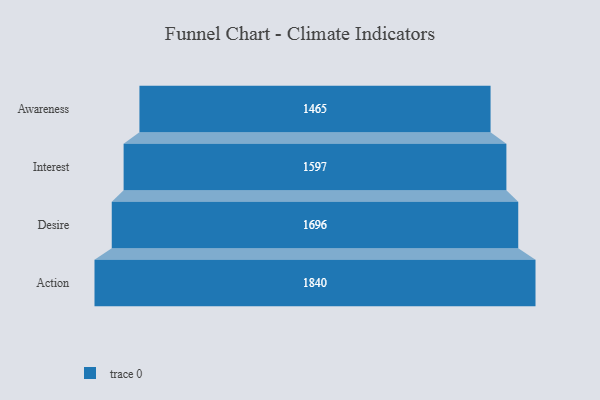
{"axis": {"x": "Stage", "y": "Value"}, "legend": [""], "data": [{"x": "Awareness", "y": 1465.0, "type": ""}, {"x": "Interest", "y": 1597.0, "type": ""}, {"x": "Desire", "y": 1696.0, "type": ""}, {"x": "Action", "y": 1840.0, "type": ""}]}